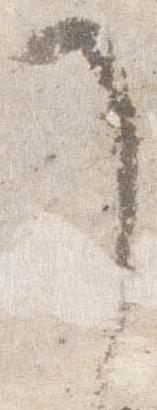
了